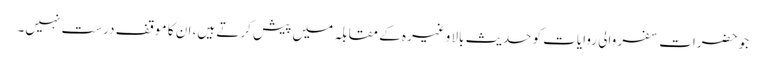
جو حضرات سفر والی روایات کو حدیث بالا وغیرہ کے مقابلہ میں پیش کرتے ہیں، ان کا موقف درست نہیں۔